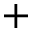
\mathbf { + }